Indian Medical Review
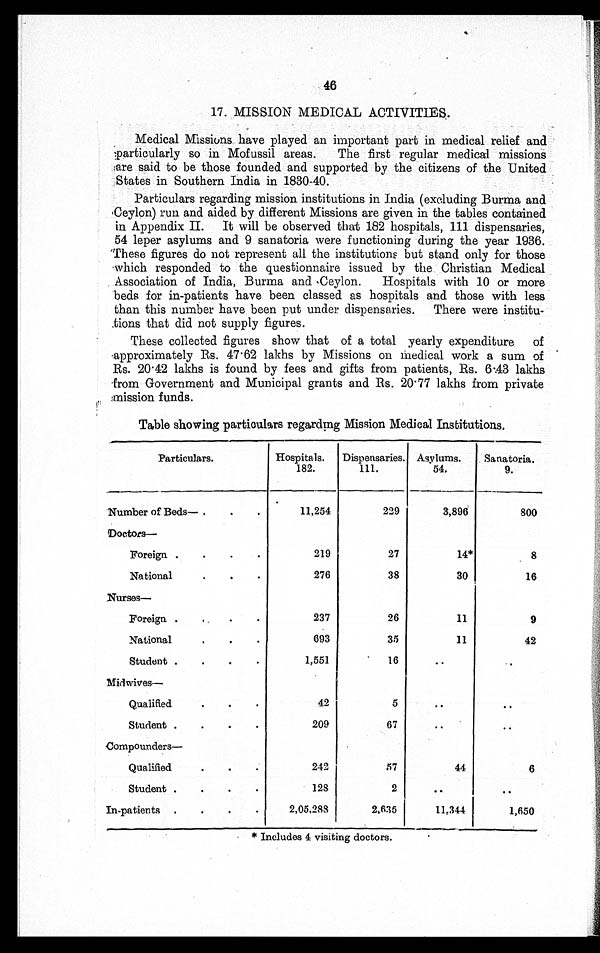
46
17. MISSION MEDICAL ACTIVITIES.
Medical Missions have played an important part in medical relief and
particularly so in Mofussil areas. The first regular medical missions
are said to be those founded and supported by the citizens of the United
States in Southern India in 1830-40.
Particulars regarding mission institutions in India (excluding Burma and
Ceylon) run and aided by different Missions are given in the tables contained
in Appendix II. It will be observed that 182 hospitals, 111 dispensaries,
54 leper asylums and 9 sanatoria were functioning during the year 1936.
These figures do not represent all the institutions but stand only for those
which responded to the questionnaire issued by the Christian Medical
Association of India, Burma and Ceylon. Hospitals with 10 or more
beds for in-patients have been classed as hospitals and those with less
than this number have been put under dispensaries. There were institu
-
tions that did not supply figures.
These collected figures show that of a total yearly expenditure of
approximately Rs. 47.62 lakhs by Missions on Medical work a sum of
Rs. 20.42 lakhs is found by fees and gifts from patients, Rs. 6.43 lakhs
from Government and Municipal grants and Rs. 20.77 lakhs from private
mission funds.
Table showing particulars regarding Mission Medical Institutions.
Particulars.
Hospitals.
182.
Dispensaries.
111.
Asylums.
54.
Sanatoria.
9.
Number of Beds— . . .
11,254
229
3,896
800
Doctors—
Foreign . . .
219
27
14*
8
National . . .
276
38
30
16
Nurses—
Foreign . . .
237
26
11
9
National . . .
693
35
11
42
Student . . .
1,551
16
. . .
. . .
Midwives—
Qualified . . .
42
5
. . .
. . .
Student . . .
209
67
. . .
. . .
C o m p o u n d e r s —
Qualified . . .
242
57
44
6
Student . . .
128
2
. . .
. . .
In-patients . . .
2,05,288
2,635
11,344
1,650
* Includes 4 visiting doctors.